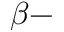
\beta -